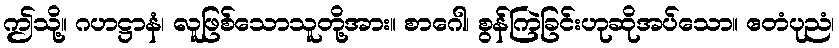
ဤသို့။ ဂဟဋ္ဌာနံ၊ လူဖြစ်သောသူတို့အား။ စာဂေါ၊ စွန်ကြဲခြင်းဟုဆိုအပ်သော။ ဧတံပုညံ၊